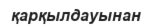
қарқылдауынан